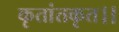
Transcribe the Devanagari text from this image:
कृतांतकृत।।